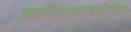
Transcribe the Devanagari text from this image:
जातिव्यवस्थेतील